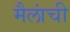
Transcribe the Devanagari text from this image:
मैलांची